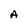
Character: A